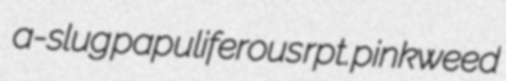
a-slug papuliferous rpt. pinkweed